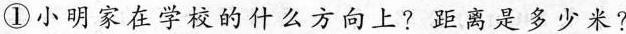
①小明家在学校的什么方向上?距离是多少米?